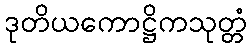
ဒုတိယကောဋ္ဌိကသုတ္တံ